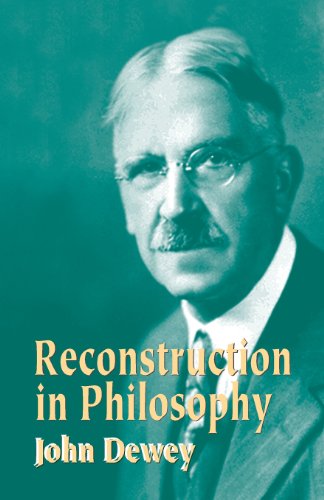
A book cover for Reconstruction in Philosophy; John Dewey; Politics & Social Sciences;